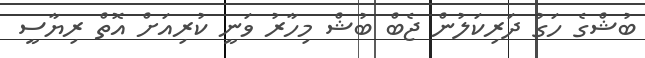
ބުޝްގެ ހަގު ދަރިކަލުން ޖެބް ބުޝް މިހާރު ވަނީ ކުރިއަށް އޮތް ރިޔާސީ